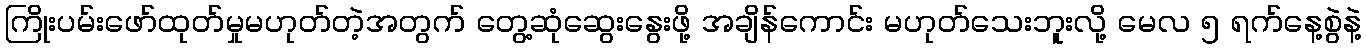
ကြိုးပမ်းဖော်ထုတ်မှုမဟုတ်တဲ့အတွက် တွေ့ဆုံဆွေးနွေးဖို့ အချိန်ကောင်း မဟုတ်သေးဘူးလို့ မေလ ၅ ရက်နေ့စွဲနဲ့